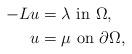
LaTeX: \begin{align*}-L u & = \lambda\,\,\mbox{in}\,\,\Omega,\\u & = \mu\,\,\mbox{on}\,\,\partial\Omega,\end{align*}